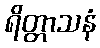
ရိတ္တာသနံ